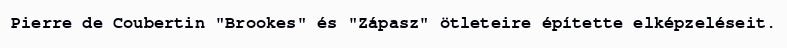
Pierre de Coubertin "Brookes" és "Zápasz" ötleteire építette elképzeléseit.